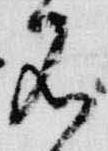
名